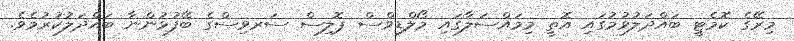
މިރޭގެ ކޮމެޓީ ބައްދަލުވުމުގައި އޮތީ މިމައްސަލާގައި މޯލްޑިވްސް ޕޮލިސް ސަރވިސްގެ ބޭފުޅުންނާ ބައްދަލުކުރުމެވެ.